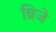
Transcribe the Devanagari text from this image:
ब्रिजे